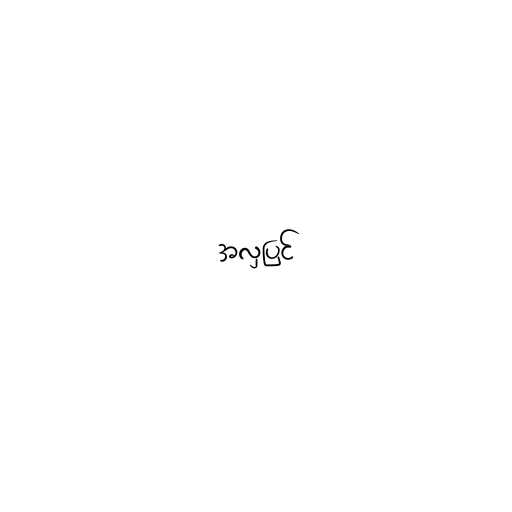
အလှပြင်